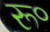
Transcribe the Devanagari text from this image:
रू॰